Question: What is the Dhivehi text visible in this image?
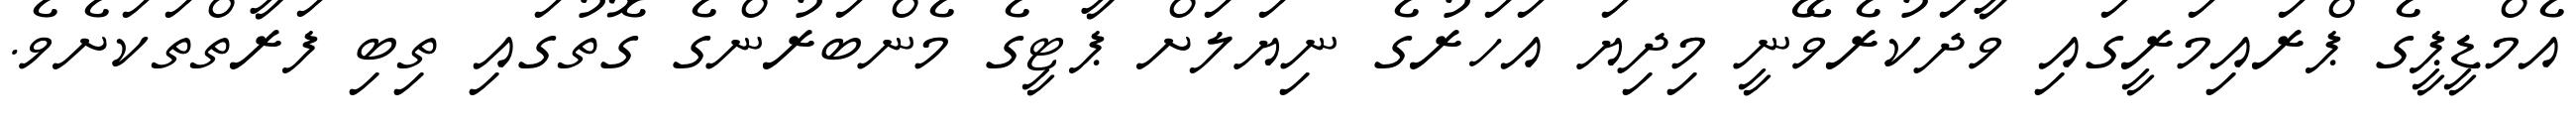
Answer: އެމްޑީޕީގެ ޕްރައިމަރީގައި ވާދަކުރެވޭނީ މިދިޔަ އަހަރުގެ ނިޔަލަށް ޕާޓީގެ މެންބަރުންގެ ގޮތުގައި ތިބި ފަރާތްތަކަށެވެ.